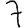
Digit: 7